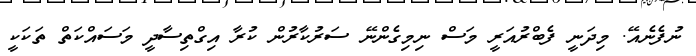
ނުފެނެއޭ. މިދަނީ ފެބްރުއަރީ މަސް ނިމިގެންނޭ ސަރުކާރުން ކުރާ އިގްތިސާދީ މަސައްކަތް ތަކަކީ